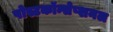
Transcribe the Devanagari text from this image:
पोस्टकॉन्सेप्शनल